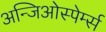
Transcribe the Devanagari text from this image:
अन्जिओस्पेर्म्स